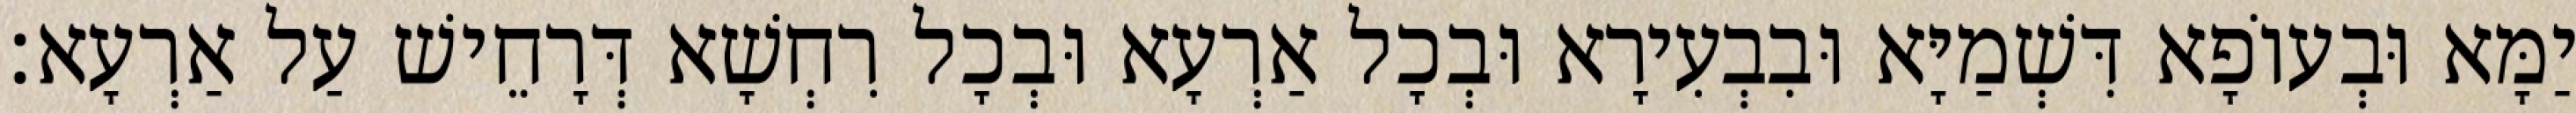
יַמָּא וּבְעוֹפָא דִּשְׁמַיָּא וּבִבְעִירָא וּבְכָל אַרְעָא וּבְכָל רִחְשָׁא דְּרָחֵישׁ עַל אַרְעָא׃